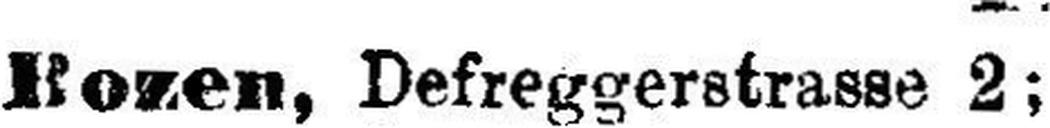
Bozen, Defreggerstrasse 2;